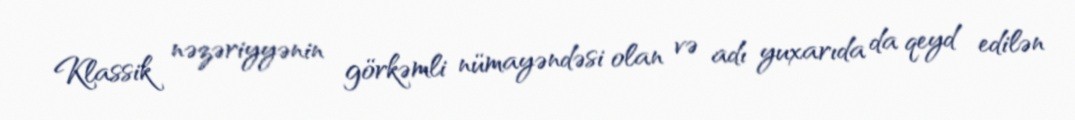
Klassik nəzəriyyənin görkəmli nümayəndəsi olan və adı yuxarıda da qeyd edilən